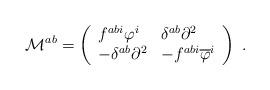
LaTeX: \begin{align*}\mathcal{M}^{ab}=\left( \begin{array}{ll}f^{abi}\varphi ^{i} & \delta ^{ab}\partial ^{2} \\ -\delta ^{ab}\partial ^{2} & -f^{abi}\overline{\varphi }^{i}\end{array}\right) \;. \end{align*}